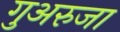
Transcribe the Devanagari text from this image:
गुअरुजा